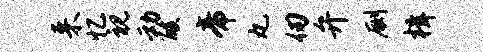
来忆视动酸帝丸仞弁劂楫